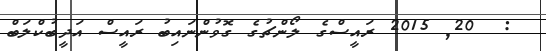
:  20